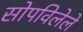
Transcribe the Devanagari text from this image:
सोपविलेले